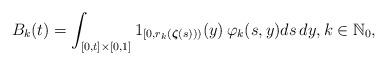
LaTeX: \begin{align*}B_k(t) = \int_{[0,t] \times [0,1]} {{1}}_{[0,r_k(\boldsymbol{\zeta}(s)))}(y)\, \varphi_k(s,y) ds\,dy, k \in \mathbb{N}_0, \end{align*}